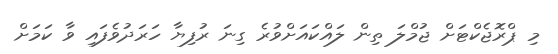
މި ޕްރޮޖެކްޓަށް ޖުމްލަ ތިން ލައްކައަށްވުރެ ގިނަ ރުފިޔާ ހަރަދުވެފައި ވާ ކަމަށް